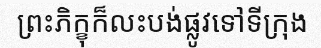
ព្រះភិក្ខុក៏លះបង់ផ្លូវទៅទីក្រុង